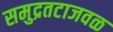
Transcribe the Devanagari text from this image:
समुद्रतटाजवळ